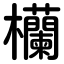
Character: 欗